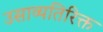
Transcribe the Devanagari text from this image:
उसाव्यतिरिक्त